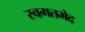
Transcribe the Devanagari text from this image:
स्वगतभेद